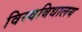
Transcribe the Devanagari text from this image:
विस्वबिधालय